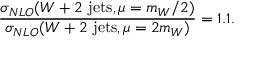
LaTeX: \frac { \sigma _ { N L O } ( W + 2 ~ \mathrm { j e t s } , \mu = m _ { W } / 2 ) } { \sigma _ { N L O } ( W + 2 ~ \mathrm { j e t s } , \mu = 2 m _ { W } ) } = 1 . 1 .